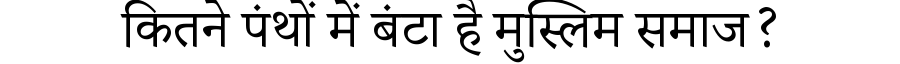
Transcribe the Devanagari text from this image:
कितने पंथों में बंटा है मुस्लिम समाज?